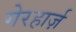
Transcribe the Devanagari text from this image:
गेरहार्ज़